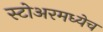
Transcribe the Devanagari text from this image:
स्टोअरमध्येच